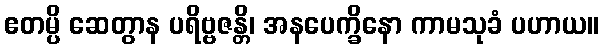
ဧတမ္ပိ ဆေတွာန ပရိဗ္ဗဇန္တိ၊ အနပေက္ခိနော ကာမသုခံ ပဟာယ။